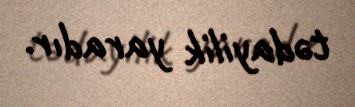
tədayilik yaradır.